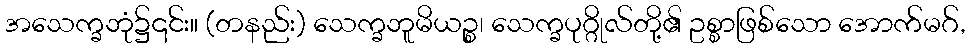
အသေက္ခဘုံ၌၎င်း။ (တနည်း) သေက္ခဘူမိယဉ္စ၊ သေက္ခပုဂ္ဂိုလ်တို့၏ ဥစ္စာဖြစ်သော အောက်မဂ်,